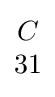
{\begin{matrix}C\\31\end{matrix}}